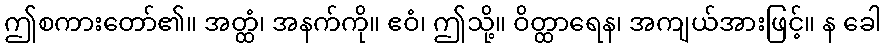
ဤစကားတော်၏။ အတ္ထံ၊ အနက်ကို။ ဧဝံ၊ ဤသို့။ ဝိတ္ထာရေန၊ အကျယ်အားဖြင့်။ န ခေါ